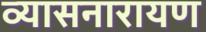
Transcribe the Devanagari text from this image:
व्यासनारायण